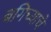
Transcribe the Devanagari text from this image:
बगिच्याचे